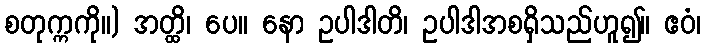
စတုက္ကကို။) အတ္ထိ၊ ပေ။ နော ဥပါဒါတိ၊ ဥပါဒါအစရှိသည်ဟူ၍။ ဧဝံ၊